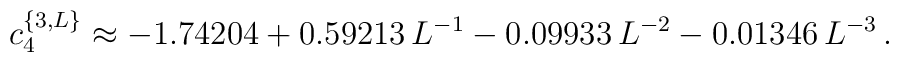
c_4^{\{3, L\}} \approx-1.74204+0.59213\, L^{-1}-0.09933 \,L^{-2} -0.01346 \, L^{-3}\,.